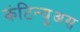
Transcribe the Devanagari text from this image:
कंटिन्यूअस